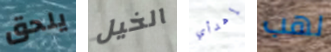
يلحق الخيل إهدأي لهب